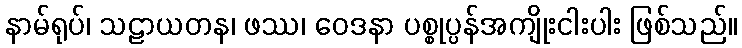
နာမ်ရုပ်၊ သဠာယတန၊ ဖဿ၊ ဝေဒနာ ပစ္စုပ္ပန်အကျိုးငါးပါး ဖြစ်သည်။